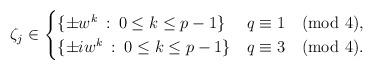
LaTeX: \begin{align*}\zeta_j \in \begin{cases}\{\pm w^k \: : \: 0\le k \le p-1\} & q\equiv 1 \pmod 4, \\\{\pm i w^k\: : \: 0 \le k \le p-1\} & q\equiv 3 \pmod 4.\\ \end{cases} \end{align*}